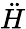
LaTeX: \ddot{H}